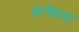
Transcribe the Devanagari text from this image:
कनेमारा